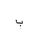
Letter: _ba